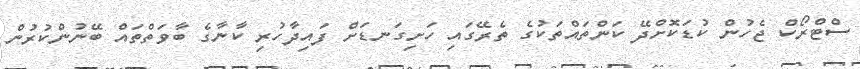
ސްޓްރޯކް ޖެހުން ކުޑަކޮށްދޭ ކަންތައްތަކުގެ ތެރޭގައި ހަށިގަނޑަށް ފައިދާހުރި ކާނާގެ ބާވަތްތައް ބޭނުންކުރުން